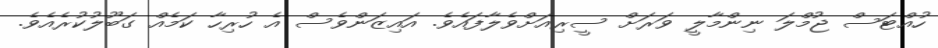
ހުއްޓަސް ޖުމްލަ ނިންމާލީ ވަރަށް ސީރިއަށްވެލާފައެވެ. އައިޒަންވެސް އެ ހުރިހާ ކަމެއް ގަބޫލުކުރެއެވެ.